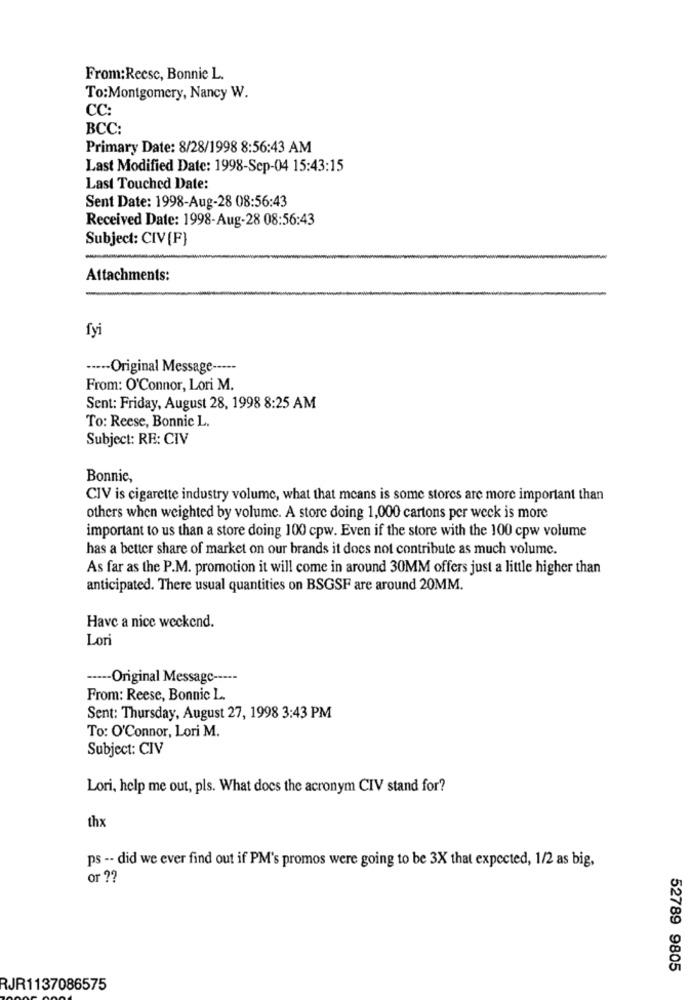
From:Recsc, Bonnie L.
To:Montgomery, Nancy W.
CC:
BCC:
Primary Date: 8/28/1998 8:56:43 AM
Last Modified Date: 1998-Sep-04 15:43:15
Last Touched Date:
Sent Date: 1998-Aug-28 08:56:43
Received Date: 1998-Aug-28 08:56:43
Subject: CIV[F]
Attachments:
fyi
----- Original Message -----
From: O'Connor, Lori M.
Sent: Friday, August 28, 1998 8:25 AM
To: Reese, Bonnie L.
Subject: RE: CIV
Bonnie,
CIV is cigarette industry volume, what that means is some stores are more important than
others when weighted by volume. A store doing 1,000 cartons per week is more
important to us than a store doing 100 cpw. Even if the store with the 100 cpw volume
has a better share of market on our brands it does not contribute as much volume.
As far as the P.M. promotion it will come in around 30MM offers just a little higher than
anticipated. There usual quantities on BSGSF are around 20MM.
Have a nice weekend.
Lori
----- Original Message -----
From: Reese, Bonnic L.
Sent: Thursday, August 27, 1998 3:43 PM
To: O'Connor, Lori M.
Subject: CIV
Lori, help me out, pls. What does the acronym CIV stand for?
thx
ps -- did we ever find out if PM's promos were going to be 3X that expected, 1/2 as big,
or ??
52789 9805
RJR1137086575